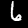
Digit: 6